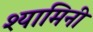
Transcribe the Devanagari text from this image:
श्यामिनी